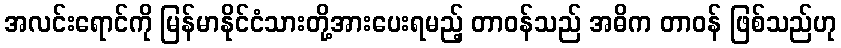
အလင်းရောင်ကို မြန်မာနိုင်ငံသားတို့အားပေးရမည့် တာဝန်သည် အဓိက တာဝန် ဖြစ်သည်ဟု